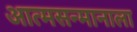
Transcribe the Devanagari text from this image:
आत्मसन्मानाला